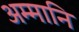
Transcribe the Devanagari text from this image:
अम्मानि